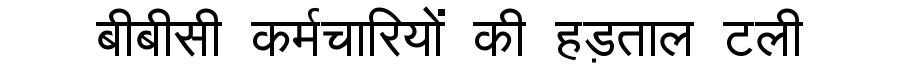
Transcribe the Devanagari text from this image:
बीबीसी कर्मचारियों की हड़ताल टली